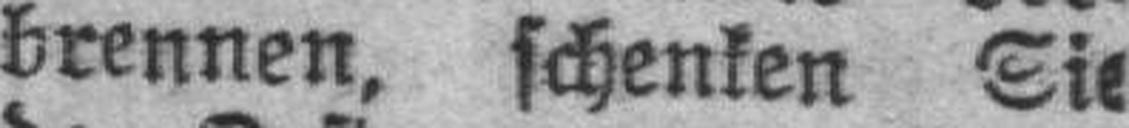
brennen, schenken Sie